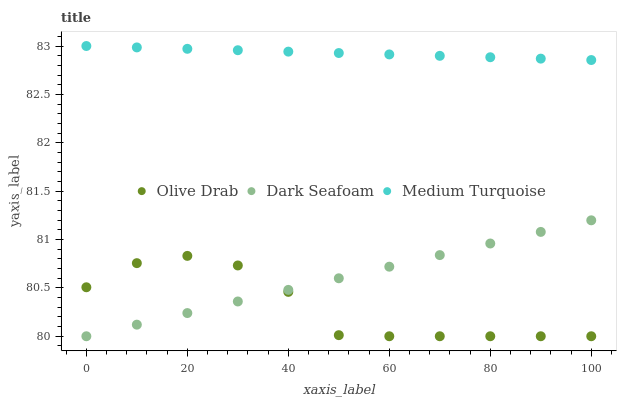
| xaxis_label | Olive Drab | Dark Seafoam | Medium Turquoise |
 | --- | --- | --- | --- |
 | 0 | 80.5 | 80 | 83 |
 | 10 | 80.8 | 80.1 | 83 |
 | 20 | 80.8 | 80.2 | 83 |
 | 30 | 80.7 | 80.4 | 83 |
 | 40 | 80.5 | 80.5 | 82.9 |
 | 50 | 80 | 80.6 | 82.9 |
 | 60 | 80 | 80.7 | 82.9 |
 | 70 | 80 | 80.8 | 82.9 |
 | 80 | 80 | 81 | 82.9 |
 | 90 | 80 | 81.1 | 82.9 |
 | 100 | 80 | 81.2 | 82.9 |